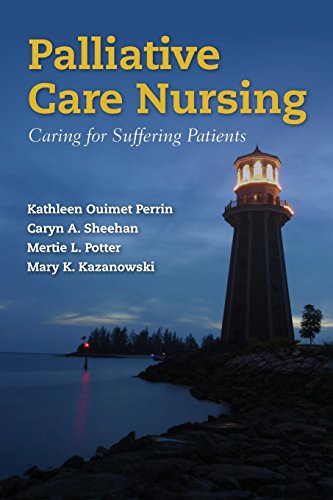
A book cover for Palliative Care Nursing: Caring for Suffering Patients; Kathleen Ouimet Perrin; Medical Books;